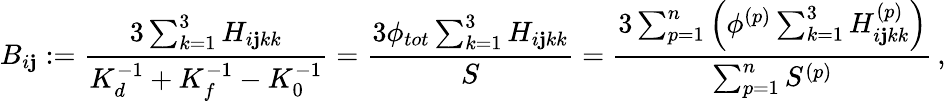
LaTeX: B_{i\mathbf{j}}:=\frac{{3\sum_{k=1}^{3}H_{i\mathbf{j}kk}}}{{K_{d}^{{-1}}+K_{f}^{-1}-K_{0}^{-1}}}=\frac{{3\phi_{tot}\sum_{k=1}^{3}H_{i\mathbf{j}kk}}}{{S}}=\frac{{3\sum_{p=1}^{n}\left(\phi^{(p)}\sum_{k=1}^{3}H_{i\mathbf{j}kk}^{(p)}\right)}}{{\sum_{p=1}^{n}S^{(p)}}}\, ,